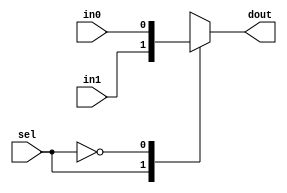
module dp_mux2es (dout, in0, in1, sel) ;
parameter SIZE = 1;
output 	[SIZE-1:0] 	dout;
input	[SIZE-1:0]	in0;
input	[SIZE-1:0]	in1;
input			sel;
reg	[SIZE-1:0]	dout ;
always @ (sel or in0 or in1)
 begin
	   case (sel)
	     1'b1: dout = in1 ; 
	     1'b0: dout = in0;
	     default: 
         begin
            if (in0 == in1) begin
               dout = in0;
            end
            else
              dout = {SIZE{1'bx}};
         end
	   endcase 
 end
endmodule